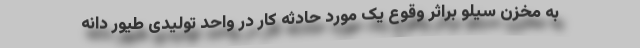
به مخزن سیلو براثر وقوع یک مورد حادثه کار در واحد تولیدی طیور دانه